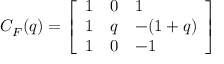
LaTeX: C _ { F } ( q ) = \left[ \begin{array} { l l l } { { 1 } } & { { 0 } } & { { 1 } } \\ { { 1 } } & { { q } } & { { - ( 1 + q ) } } \\ { { 1 } } & { { 0 } } & { { - 1 } } \end{array} \right]